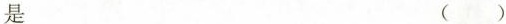
是 ()